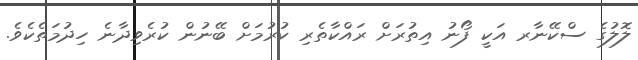
ލޮލުގެ ސްކޭނާރ އަކީ ފޯނު އިތުރަށް ރައްކާތެރި ކުރުމަށް ބޭނުން ކުރެވިދާނެ ހިދުމަތެކެވެ.